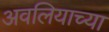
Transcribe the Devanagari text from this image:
अवलियाच्या